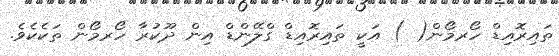
ތައިރޮއިޑް ހޯރމޯން( ) އަކީ ތައިރޮއިޑް ގްލޭންޑް އިން ދޫކުރާ ހޯރމޯން ތަކެކެވެ.